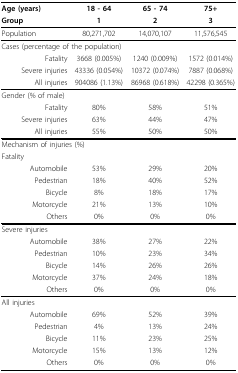
<table><thead><tr><td><b>Age (years)</b></td><td><b>18 - 64</b></td><td><b>65 - 74</b></td><td><b>75+</b></td></tr><tr><td><b>Group</b></td><td><b>1</b></td><td><b>2</b></td><td><b>3</b></td></tr></thead><tbody><tr><td>Population</td><td>80,271,702</td><td>14,070,107</td><td>11,576,545</td></tr><tr><td colspan="2">Cases (percentage of the population)</td><td></td><td></td></tr><tr><td>Fatality</td><td>3668 (0.005%)</td><td>1240 (0.009%)</td><td>1572 (0.014%)</td></tr><tr><td>Severe injuries</td><td>43336 (0.054%)</td><td>10372 (0.074%)</td><td>7887 (0.068%)</td></tr><tr><td>All injuries</td><td>904086 (1.13%)</td><td>86968 (0.618%)</td><td>42298 (0.365%)</td></tr><tr><td>Gender (% of male)</td><td></td><td></td><td></td></tr><tr><td>Fatality</td><td>80%</td><td>58%</td><td>51%</td></tr><tr><td>Severe injuries</td><td>63%</td><td>44%</td><td>47%</td></tr><tr><td>All injuries</td><td>55%</td><td>50%</td><td>50%</td></tr><tr><td colspan="2">Mechanism of injuries (%)</td><td></td><td></td></tr><tr><td>Fatality</td><td></td><td></td><td></td></tr><tr><td>Automobile</td><td>53%</td><td>29%</td><td>20%</td></tr><tr><td>Pedestrian</td><td>18%</td><td>40%</td><td>52%</td></tr><tr><td>Bicycle</td><td>8%</td><td>18%</td><td>17%</td></tr><tr><td>Motorcycle</td><td>21%</td><td>13%</td><td>10%</td></tr><tr><td>Others</td><td>0%</td><td>0%</td><td>0%</td></tr><tr><td>Severe injuries</td><td></td><td></td><td></td></tr><tr><td>Automobile</td><td>38%</td><td>27%</td><td>22%</td></tr><tr><td>Pedestrian</td><td>10%</td><td>23%</td><td>34%</td></tr><tr><td>Bicycle</td><td>14%</td><td>26%</td><td>26%</td></tr><tr><td>Motorcycle</td><td>37%</td><td>24%</td><td>18%</td></tr><tr><td>Others</td><td>0%</td><td>0%</td><td>0%</td></tr><tr><td>All injuries</td><td></td><td></td><td></td></tr><tr><td>Automobile</td><td>69%</td><td>52%</td><td>39%</td></tr><tr><td>Pedestrian</td><td>4%</td><td>13%</td><td>24%</td></tr><tr><td>Bicycle</td><td>11%</td><td>23%</td><td>25%</td></tr><tr><td>Motorcycle</td><td>15%</td><td>13%</td><td>12%</td></tr><tr><td>Others</td><td>0%</td><td>0%</td><td>0%</td></tr></tbody></table>